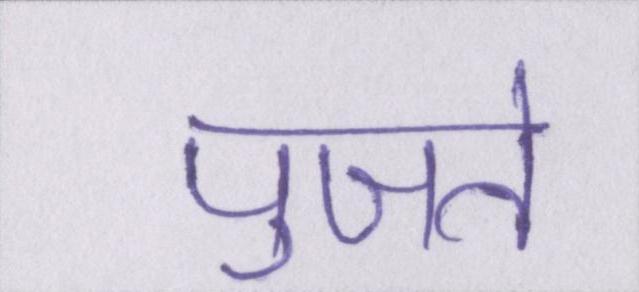
पुजते